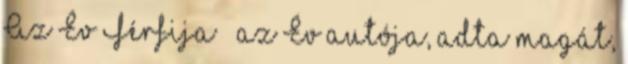
Az Év Férfija – az Év autója, adta magát,